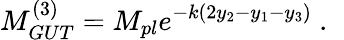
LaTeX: M_{GUT}^{(3)}=M_{pl}e^{-k(2y_{2}-y_{1}-y_{3})}~.~\,